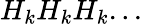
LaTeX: H_{k}H_{k}H_{k}...